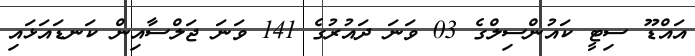
އައްޑޫ ސިޓީ ކައުންސިލްގެ 03 ވަނަ ދައުރުގެ 141 ވަނަ ޖަލްސާއިން ކަނޑައަޅައި